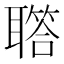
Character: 𦗧